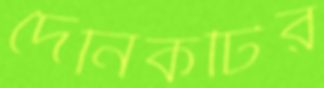
দৈনিকটির